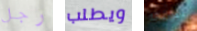
رجل ويطلب تتوقعه